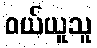
ဝယ်ယူသူ